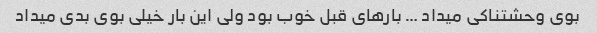
بوی وحشتناکی میداد … بارهای قبل خوب بود ولی این بار خیلی بوی بدی میداد